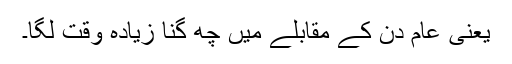
یعنی عام دن کے مقابلے میں چھ گنا زیادہ وقت لگا۔